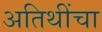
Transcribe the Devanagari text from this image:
अतिथींचा